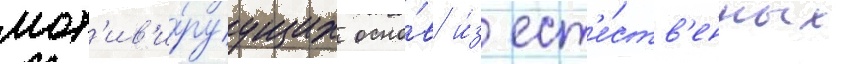
мот'ив'и́руущих осно́в и́з ест'е́ств'енных